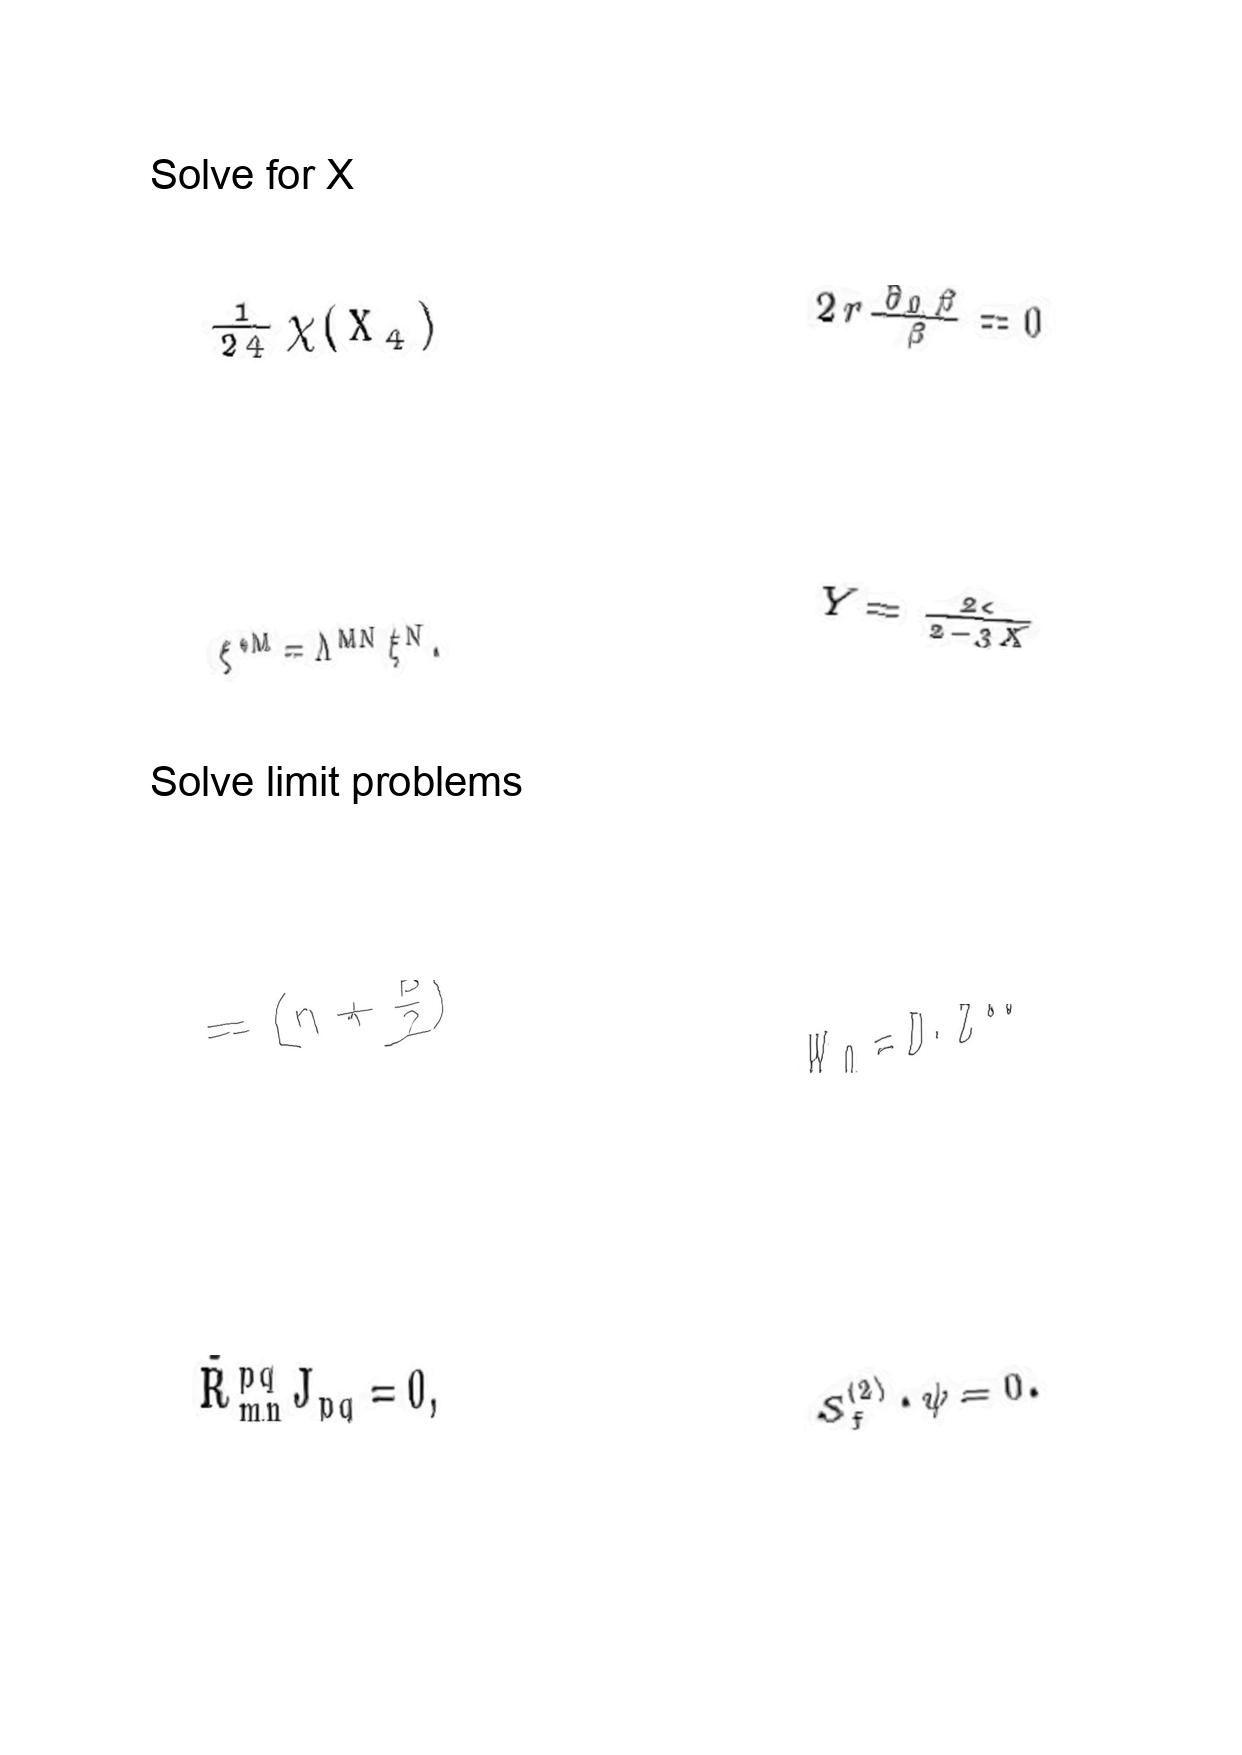
LaTeX transcription:
\frac { 1 } { 2 4 } \chi \lparen X _ { 4 } \rparen
\xi ^ { \ast M } = \Lambda ^ { M N } \xi ^ { N } .
= \lparen n + \frac { p } { 2 } \rparen
\tilde { R } _ { m n } ^ { p q } J _ { p q } = 0 ,
2 r \frac { \partial _ { 0 } \beta } { \beta } = 0
Y = \frac { 2 \epsilon } { 2 - 3 X }
W _ { 0 } = D \cdot Z ^ { s t }
S _ { f } ^ { \lparen 2 \rparen } \cdot \psi = 0 .